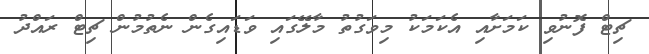
ޗިޓް ފޮނުވި ކަމަށާއި އެކަމަކު މިވަގުތު މާލޭގައި ވަޑައިގެން ނެތުމުން ޗިޓް ރައްދު